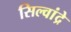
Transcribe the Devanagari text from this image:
सिल्वांद्रे